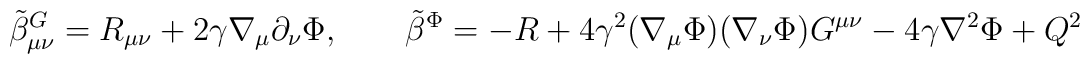
{\tilde \beta}_{\mu\nu}^G = R_{\mu\nu} + 2\gamma \nabla_\mu \partial_\nu \Phi,\qquad {\tilde \beta}^\Phi = -R + 4\gamma ^2 (\nabla_\mu \Phi)(\nabla_\nu \Phi)G^{\mu\nu} - 4\gamma \nabla^2 \Phi + Q^2